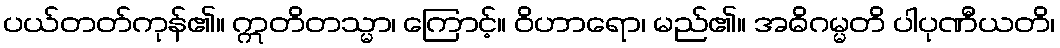
ပယ်တတ်ကုန်၏။ ဣတိတသ္မာ၊ ကြောင့်။ ဝိဟာရော၊ မည်၏။ အဓိဂမ္မတိ ပါပုဏီယတိ၊